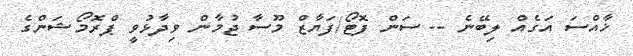
ޚާއްސަ އަގެއް ލިބޭނެ -- ސަން ފޮޓޯ/ފަޔާޒް މޫސާ ޖުމާން ވިދާޅުވީ ޕްރޮމޯޝަންގެ